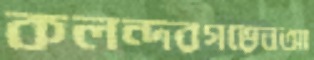
কলন্দরগড়েনআ